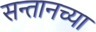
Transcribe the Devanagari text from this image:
सन्तानच्या